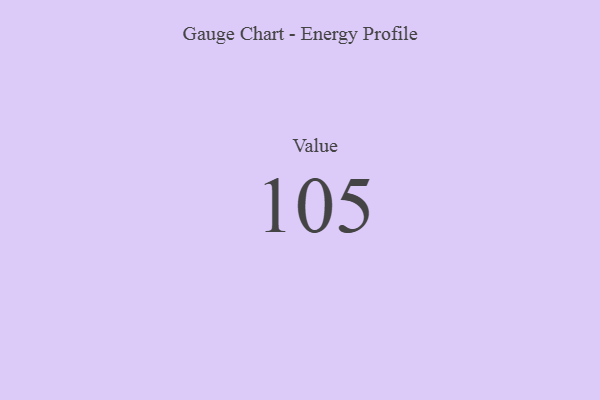
{"axis": {"x": "Metric", "y": "Value"}, "legend": [""], "data": [{"x": "Value", "y": 105, "type": ""}]}